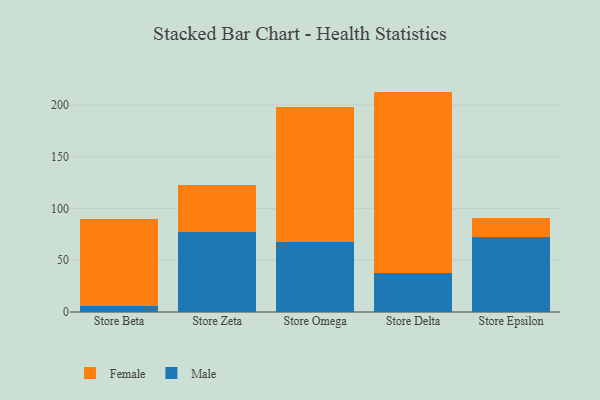
{"axis": {"x": "Store", "y": "Market Share (%)"}, "legend": ["Female", "Male"], "data": [{"x": "Store Beta", "y": 6.1, "type": "Male"}, {"x": "Store Beta", "y": 84.1, "type": "Female"}, {"x": "Store Zeta", "y": 77.2, "type": "Male"}, {"x": "Store Zeta", "y": 45.9, "type": "Female"}, {"x": "Store Omega", "y": 67.8, "type": "Male"}, {"x": "Store Omega", "y": 130.3, "type": "Female"}, {"x": "Store Delta", "y": 37.9, "type": "Male"}, {"x": "Store Delta", "y": 175.0, "type": "Female"}, {"x": "Store Epsilon", "y": 72.2, "type": "Male"}, {"x": "Store Epsilon", "y": 18.6, "type": "Female"}]}